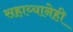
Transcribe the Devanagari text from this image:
सहाय्यानेही